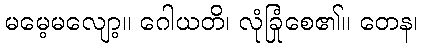
မမေ့မလျော့။ ဂေါယတိ၊ လုံခြုံစေ၏။ တေန၊